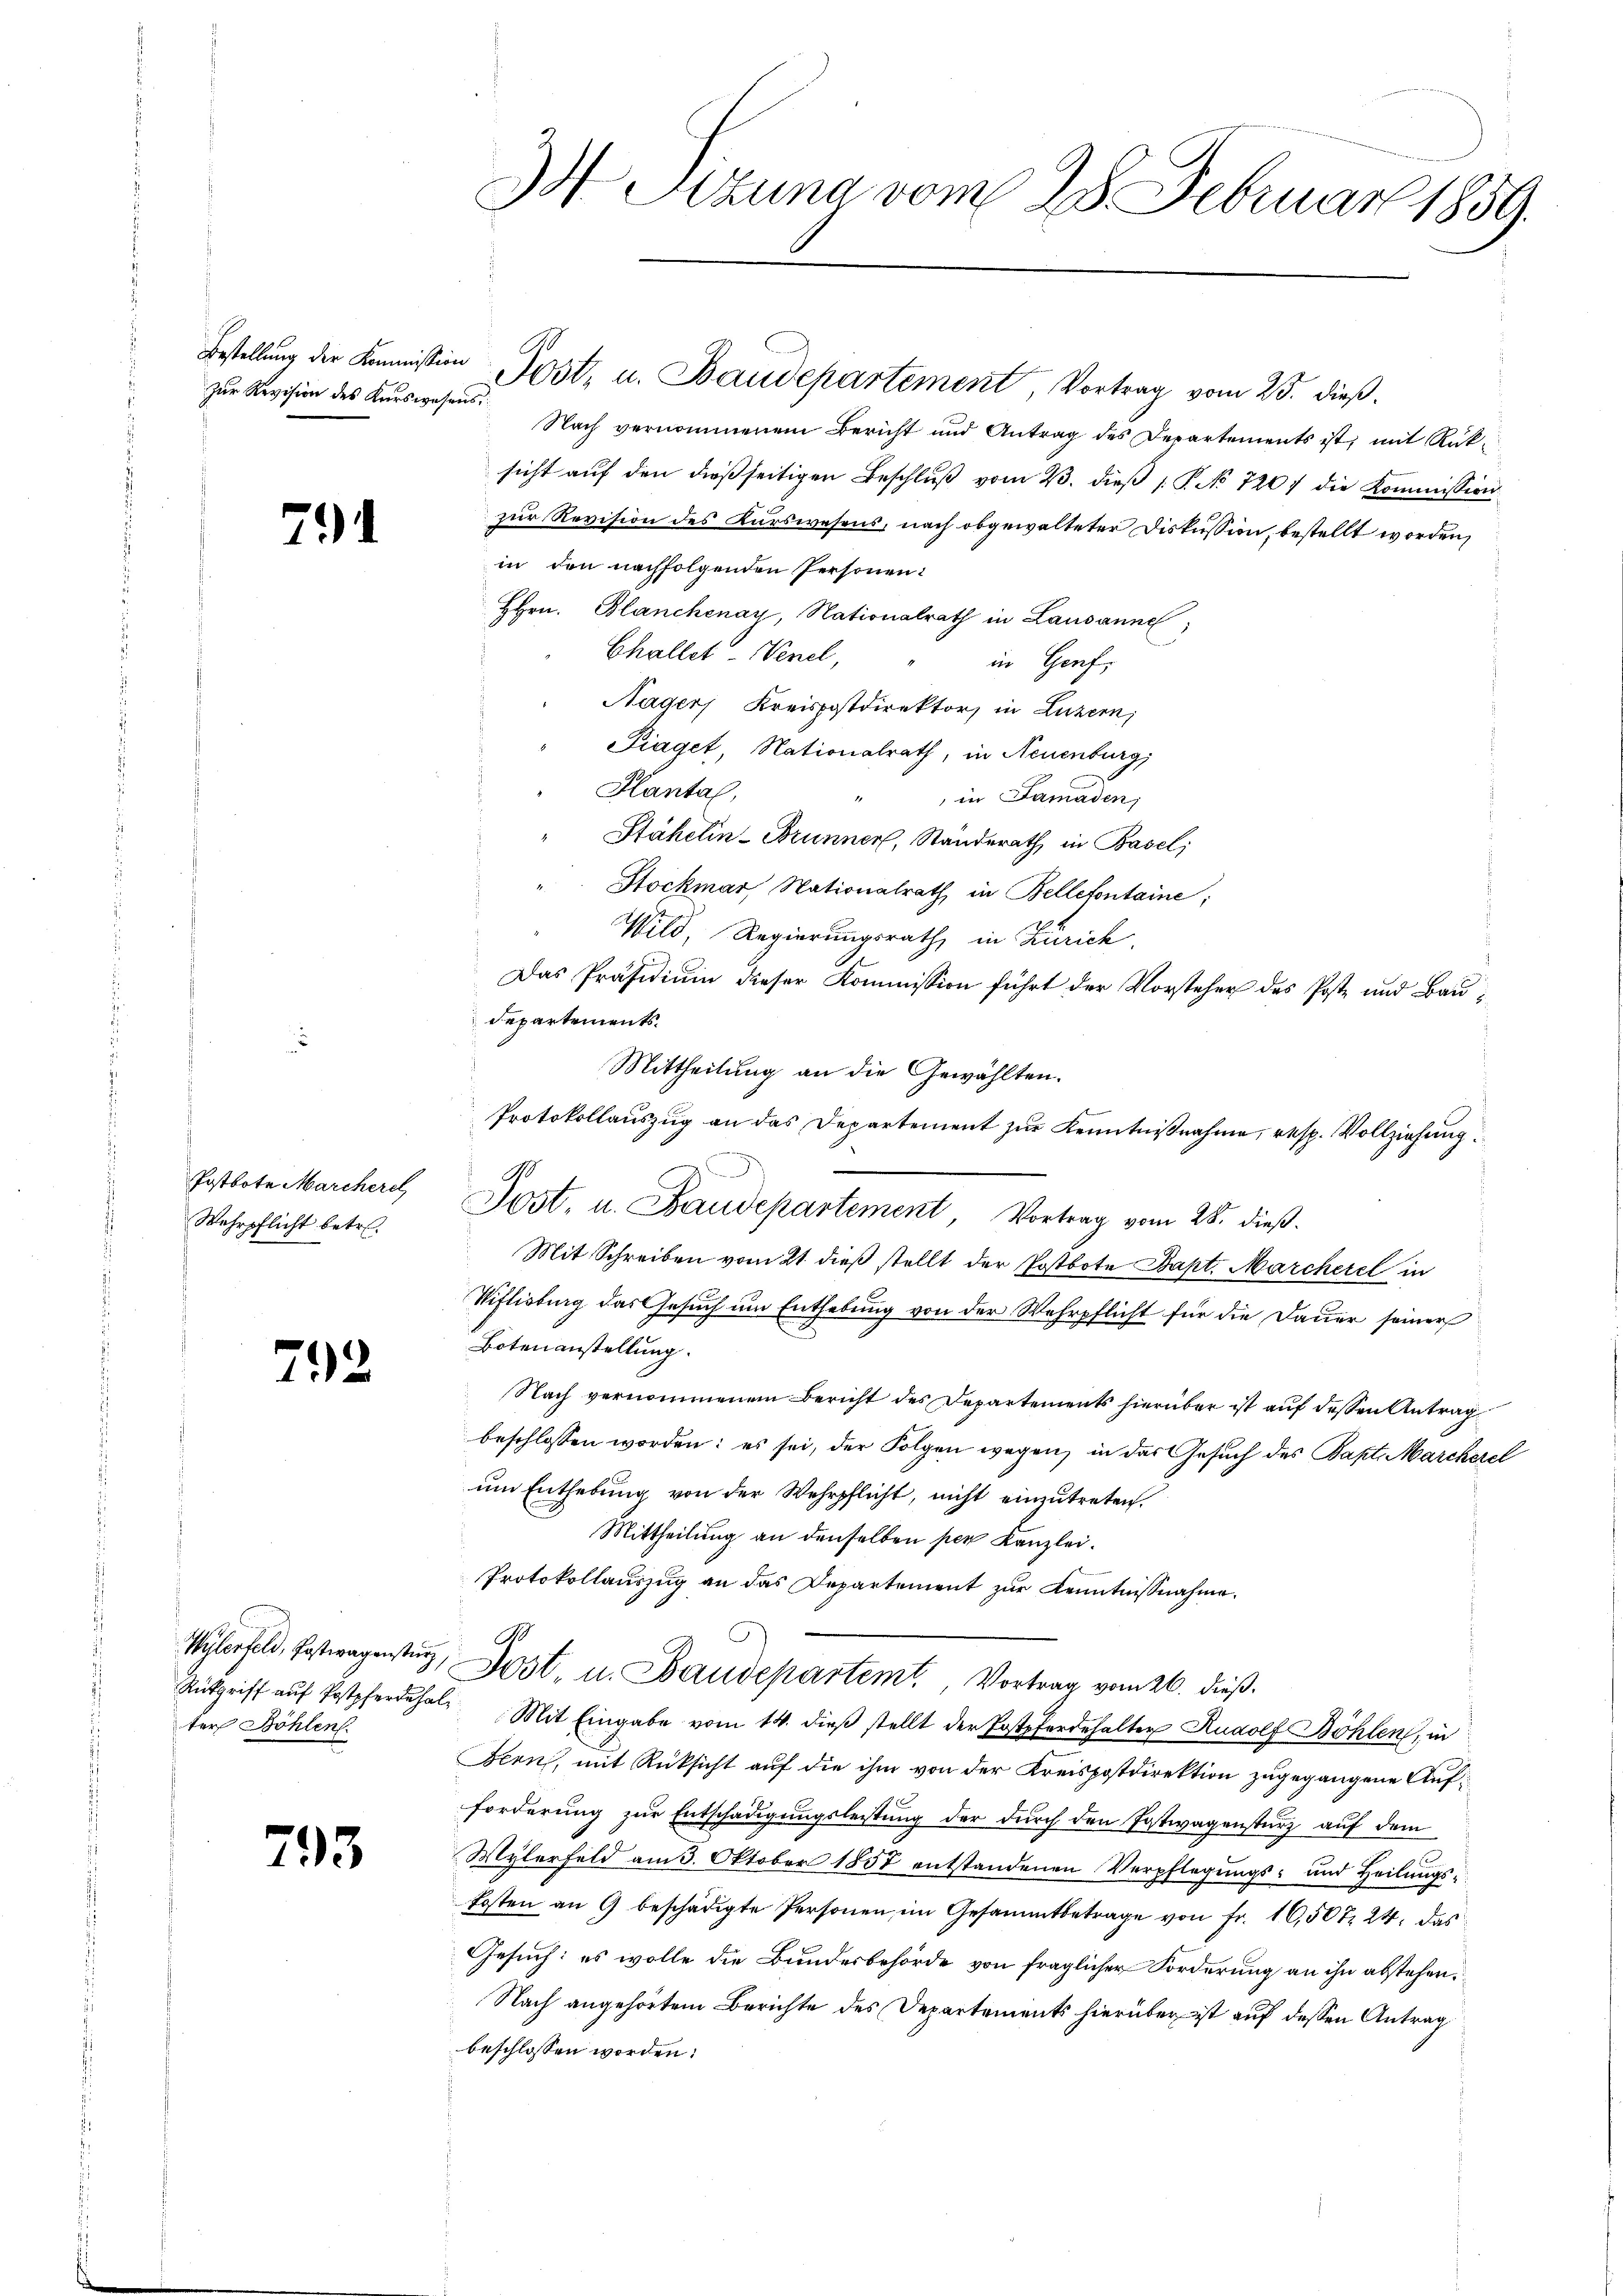
zur Revision des Kurswesens

791

Postbote Marcherel
Wehrpflicht betr.

792

ter Böhlen.

793.

34. Setzung vom 28. Februar 1859.

Nach vernommenem Bericht und Antrag des Departements ist, mit Rück-
sicht auf den dießseitigen Beschlŭβ vom 23. dieβ  P. No 7201 die Kommission
zur Revision des Kurswesens, nach obgewalteter Diskussion, bestellt worden,
in den nachfolgenden Personen
HHrn. Blanchenay, Nationalrath in Lausanne
Challet. Wenel,
in Genf,
Hagen Kreispostdirektor in Luzern,
Piaget, Nationalrath, in Neuenburg,
Hantal,
" in Samaden;
Stähelin-Brunner, Standerath, in Basel;
Stockmar Nationalrath in Belletontaine:
Wild, Regierungsrath, in Zürich.
Das Präsidium dieser Kommission führt der Vorsteher des Poste und Bau¬
Departements.
Mittheilung an die Gewählten.
Protokollauszug an das Departement zur Kenntnißnahme, resp. Vollziehung
m
e
Mit Schreiben vom 21. dieß stellt der Postbote Bapt. Marchere in
Viflisburg das Gesuch um Enthebung von der Wehrpflicht für die Dauer seiner
Botenanstellung.
Nach vernommenen Bericht des Departements hierüber ist auf dessen Antrag
beschlossen worden; es sei, der Folgen wegen, in das Gesuch des Bapt. Marcherel
um Enthebung von der Wehrpflicht, nicht einzutreten.
Mittheilung an denselben per Kanzlei.
Protokollauszug an das Departement zur Kenntnißnahme.
Wyhlerfeld, Ertragester, Jost, u. Baudepartemt. Vortrag vom 26. dieß.
Rükgriff aŭf Postpfer Mit Eingabe vom 14. dieβ stellt der Postpferdehalter Rudolf Böhlen, in
Bern, mit Rücksicht auf die ihm von der Kreispostdirektion zugegangene Aufforderung zur Entschädigungsleistung der durch den Postwagensturz auf dem
Mylerfeld am 3. Oktober 1858 entstandenen Verpflegŭngs- und Heilŭngs-
kosten an 9 beschädigte Personen im Gesammtbetrage von Fr. 16,507. 24. das
Gesuch: es wolle die Bundesbehörde von fraglicher Forderung an ihn abstehen.
Nach angehörtem Berichte des Departements hierüber ist auf dessen Antrag
beschlossen worden:

Bestellŭng der Kommission Post, u. Baudepartement, Vortrag vom 25. dieß.

Jost, u. Baudepartement, Vortrag vom 28. dieß.